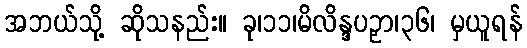
အဘယ်သို့ ဆိုသနည်း။ ခု၊၁၁၊မိလိန္ဒပဉှာ၊၃၆၊ မှယူရန်